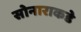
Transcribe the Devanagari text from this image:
सोनाराकडे